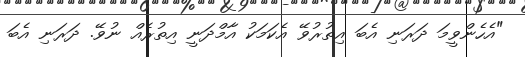
"އެހެންވީމަ ދަރަނި އެބަ އިތުރުވޭ އެކަމަކު އާމްދަނީ އިތުރެއް ނުވޭ. ދަރަނި އެބަ